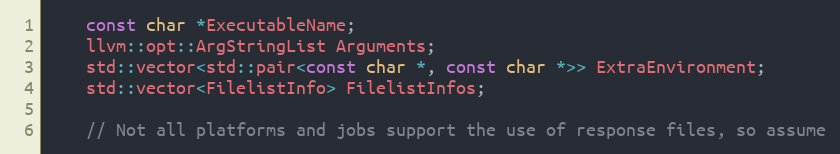
Language: C
    const char *ExecutableName;
    llvm::opt::ArgStringList Arguments;
    std::vector<std::pair<const char *, const char *>> ExtraEnvironment;
    std::vector<FilelistInfo> FilelistInfos;

    // Not all platforms and jobs support the use of response files, so assume